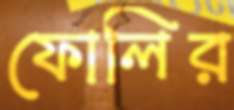
ফোলির